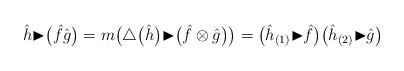
LaTeX: \begin{align*}\hat{h} {\blacktriangleright}\big(\hat{f}\hat{g}\big)=m\big({\bigtriangleup}\big(\hat{h}\big) {\blacktriangleright}\big(\hat{f}\otimes\hat{g}\big)\big)=\big(\hat{h}_{(1)} {\blacktriangleright}\hat{f}\big)\big(\hat{h}_{(2)} {\blacktriangleright}\hat{g}\big)\end{align*}